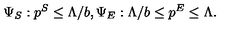
\Psi _ { S } : p ^ { S } \leq \Lambda / b , \Psi _ { E } : \Lambda / b \leq p ^ { E } \leq \Lambda .